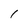
Character: 1